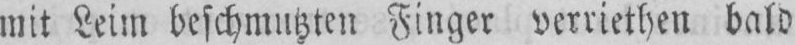
mit Leim beschmutzten Finger verriethen bald